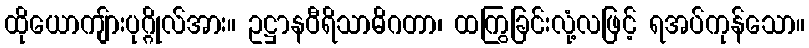
ထိုယောကျ်ားပုဂ္ဂိုလ်အား။ ဥဋ္ဌာနဝီရိသာဓိဂတာ၊ ထကြွခြင်းလုံ့လဖြင့် ရအပ်ကုန်သော။